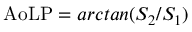
\mathrm { A o L P } = a r c t a n ( S _ { 2 } / S _ { 1 } )